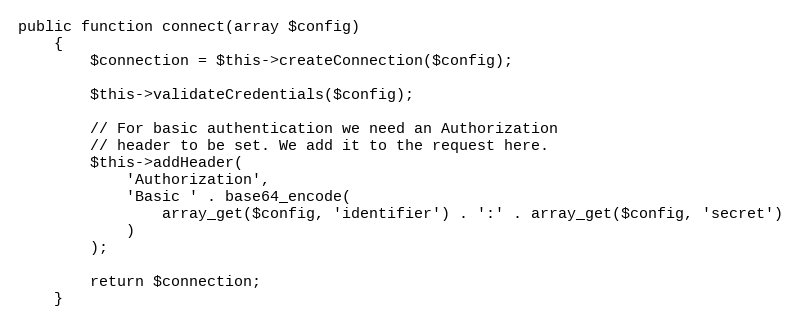
Language: PHP
public function connect(array $config)
    {
        $connection = $this->createConnection($config);

        $this->validateCredentials($config);

        // For basic authentication we need an Authorization
        // header to be set. We add it to the request here.
        $this->addHeader(
            'Authorization',
            'Basic ' . base64_encode(
                array_get($config, 'identifier') . ':' . array_get($config, 'secret')
            )
        );

        return $connection;
    }